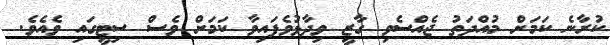
ކުރާނެ ކަމަށް މުއްދަތު ޖެއްސެވި ގާޒީ ވިދާޅުވެފައިވާ ކަމަށް ވެސް ސިޓީގައި ވެއެވެ.